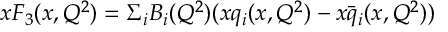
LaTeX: x F _ { 3 } ( x , Q ^ { 2 } ) = \Sigma _ { i } B _ { i } ( Q ^ { 2 } ) ( x q _ { i } ( x , Q ^ { 2 } ) - x \bar { q } _ { i } ( x , Q ^ { 2 } ) )